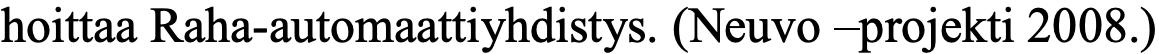
hoittaa Raha-automaattiyhdistys. (Neuvo –projekti 2008.)